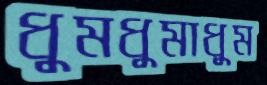
ধুমধুমাধুম